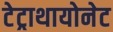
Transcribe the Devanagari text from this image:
टेट्राथायोनेट